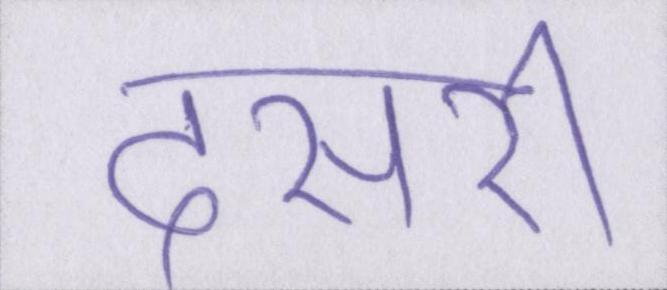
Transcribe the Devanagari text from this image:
दसरी